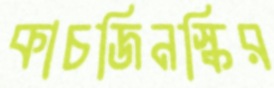
কাচজিনস্কির